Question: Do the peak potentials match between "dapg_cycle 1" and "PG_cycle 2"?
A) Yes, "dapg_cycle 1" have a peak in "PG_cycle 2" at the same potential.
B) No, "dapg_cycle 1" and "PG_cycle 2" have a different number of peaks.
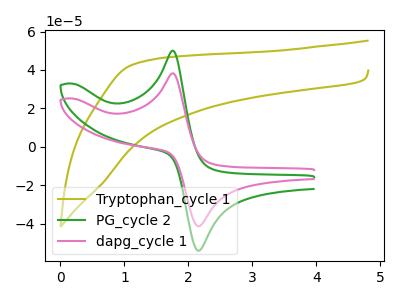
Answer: <think>The olive curve "Tryptophan_cycle 1" has no peaks. The green curve "PG_cycle 2" has an anodic peak at (1.75V, 50.05uA) and a cathodic peak at (2.15V, -53.95uA). The pink curve "dapg_cycle 1" has an anodic peak at (1.75V, 38.25uA) and a cathodic peak at (2.15V, -41.25uA).</think>
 <answer>A) Yes, "dapg_cycle 1" have a peak in "PG_cycle 2" at the same potential.</answer>
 <eval>A</eval>